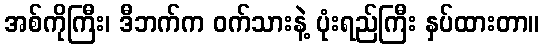
အစ်ကိုကြီး၊ ဒီဘက်က ဝက်သားနဲ့ ပုံးရည်ကြီး နှပ်ထားတာ။